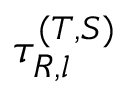
\tau _ { R , l } ^ { ( T , S ) }